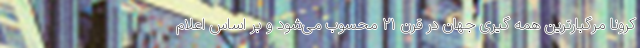
کرونا مرگبارترین همه گیری جهان در قرن ۲۱ محسوب می‌شود و بر اساس اعلام